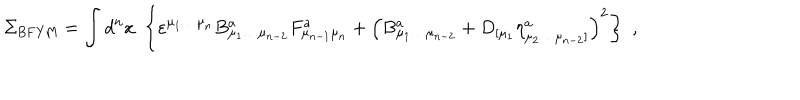
\Sigma _ { \mathrm { B F Y M } } = \int d ^ { n } x \, \, \left\{ \varepsilon ^ { \mu _ { 1 } \ldots \mu _ { n } } B _ { \mu _ { 1 } \ldots \mu _ { n - 2 } } ^ { a } F _ { \mu _ { n - 1 } \mu _ { n } } ^ { a } + \left( B _ { \mu _ { 1 } \ldots \mu _ { n - 2 } } ^ { a } + D _ { [ \mu _ { 1 } } \eta _ { \mu _ { 2 } \ldots \mu _ { n - 2 } ] } ^ { a } \right) ^ { 2 } \right\} \, \, ,